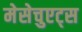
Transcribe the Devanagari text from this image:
मेसेचुएट्स